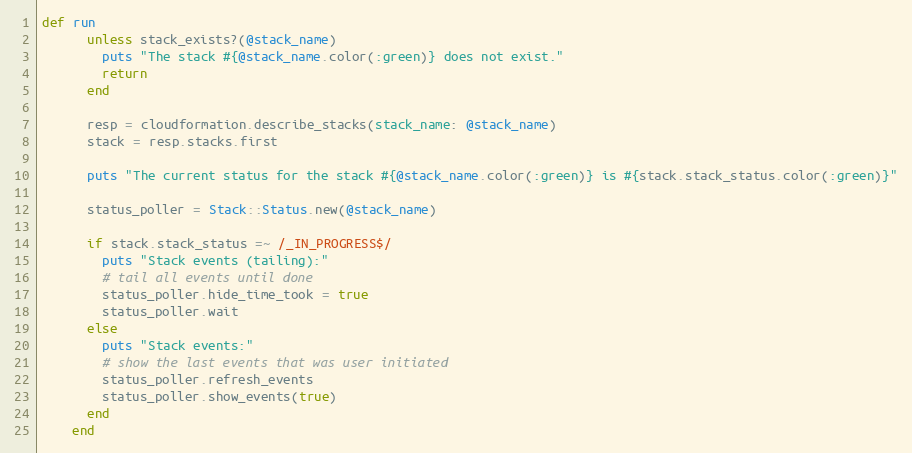
Language: Ruby
def run
      unless stack_exists?(@stack_name)
        puts "The stack #{@stack_name.color(:green)} does not exist."
        return
      end

      resp = cloudformation.describe_stacks(stack_name: @stack_name)
      stack = resp.stacks.first

      puts "The current status for the stack #{@stack_name.color(:green)} is #{stack.stack_status.color(:green)}"

      status_poller = Stack::Status.new(@stack_name)

      if stack.stack_status =~ /_IN_PROGRESS$/
        puts "Stack events (tailing):"
        # tail all events until done
        status_poller.hide_time_took = true
        status_poller.wait
      else
        puts "Stack events:"
        # show the last events that was user initiated
        status_poller.refresh_events
        status_poller.show_events(true)
      end
    end